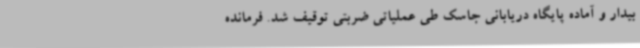
بیدار و آماده پایگاه دریابانی جاسک طی عملیاتی ضربتی توقیف شد. فرمانده